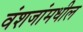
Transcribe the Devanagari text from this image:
वंशजांमधील